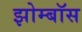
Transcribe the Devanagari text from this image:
झोम्बॉस